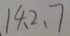
1 4 、 2 、 7